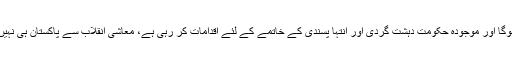
وزیراعظم نواز شریف نے کہا کہ معاشی اہداف کے حصول کیلئے دہشت گردی اور انتہا پسندی سے نمٹنا ہوگا اور موجودہ حکومت دہشت گردی اور انتہا پسندی کے خاتمے کے لئے اقدامات کر رہی ہے، معاشی انقلاب سے پاکستان ہی نہیں بلکہ پورا خطہ خوشحال ہوسکتا ہے، حکومت علاقائی تعاون کے فروغ میں خصوصی توجہ دے رہی ہے۔